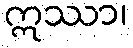
ဣဿာ၊